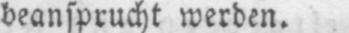
beansprucht werden.